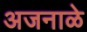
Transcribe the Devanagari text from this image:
अजनाळे